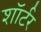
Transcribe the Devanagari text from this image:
शॉर्टर